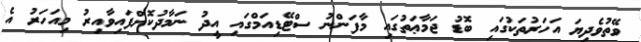
ވޭތުވެދިޔަ އަހަރުތަކުގައި ބޮޑު ޖަމާޢަތުގައި މާފަންނު ސްޓޭޑިއަމްގައި އީދު ނަމާދުކޮށްފައިވާއިރު މިއަހަރު އެ